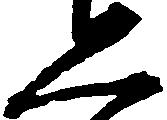
恐